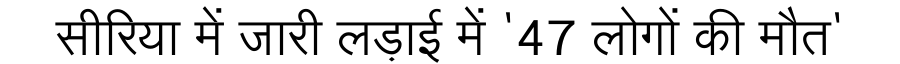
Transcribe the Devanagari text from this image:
सीरिया में जारी लड़ाई में '47 लोगों की मौत'